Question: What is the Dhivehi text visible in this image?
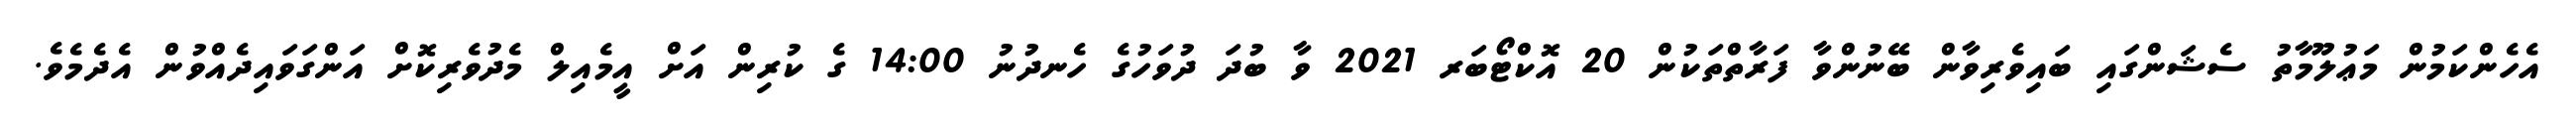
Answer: އެހެންކަމުން މަޢުލޫމާތު ސެޝަންގައި ބައިވެރިވާން ބޭނުންވާ ފަރާތްތަކުން 20 އޮކްޓޯބަރ 2021 ވާ ބުދަ ދުވަހުގެ ހެނދުނު 14:00 ގެ ކުރިން އަށް އީމެއިލް މެދުވެރިކޮށް އަންގަވައިދެއްވުން އެދެމެވެ.